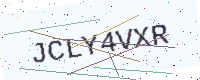
Text: JCLY4VXR